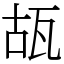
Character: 瓳